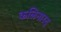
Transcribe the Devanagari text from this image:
कलिनारद